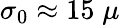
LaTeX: \sigma_{0}\approx 15\; \mu